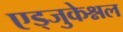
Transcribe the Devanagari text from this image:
एड्जुकेश्नल